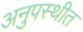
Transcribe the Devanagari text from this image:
अनुपस्थीत